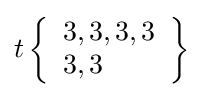
t\left\{{\begin{array}{l}3,3,3,3\\3,3\end{array}}\right\}